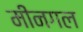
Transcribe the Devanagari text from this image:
मीनगल